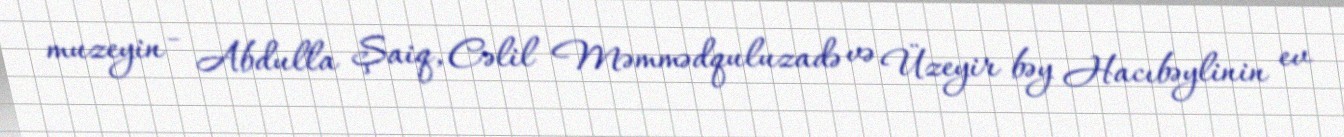
muzeyin - Abdulla Şaiq, Cəlil Məmmədquluzadə və Üzeyir bəy Hacıbəylinin ev